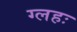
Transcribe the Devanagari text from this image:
ग्लहः